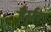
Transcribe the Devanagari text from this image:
हैर्मर